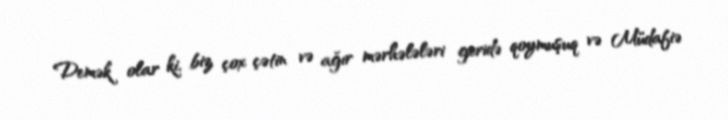
Demək olar ki, biz çox çətin və ağır mərhələləri geridə qoymuşuq və Müdafiə